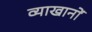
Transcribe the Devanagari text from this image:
व्याखानों